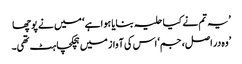
’یہ تم نے کیا حلیہ بنایا ہوا ہے ‘ میں نے پوچھا
’وہ در اصل، جم‘ اس کی آواز میں ہچکچاہٹ تھی۔